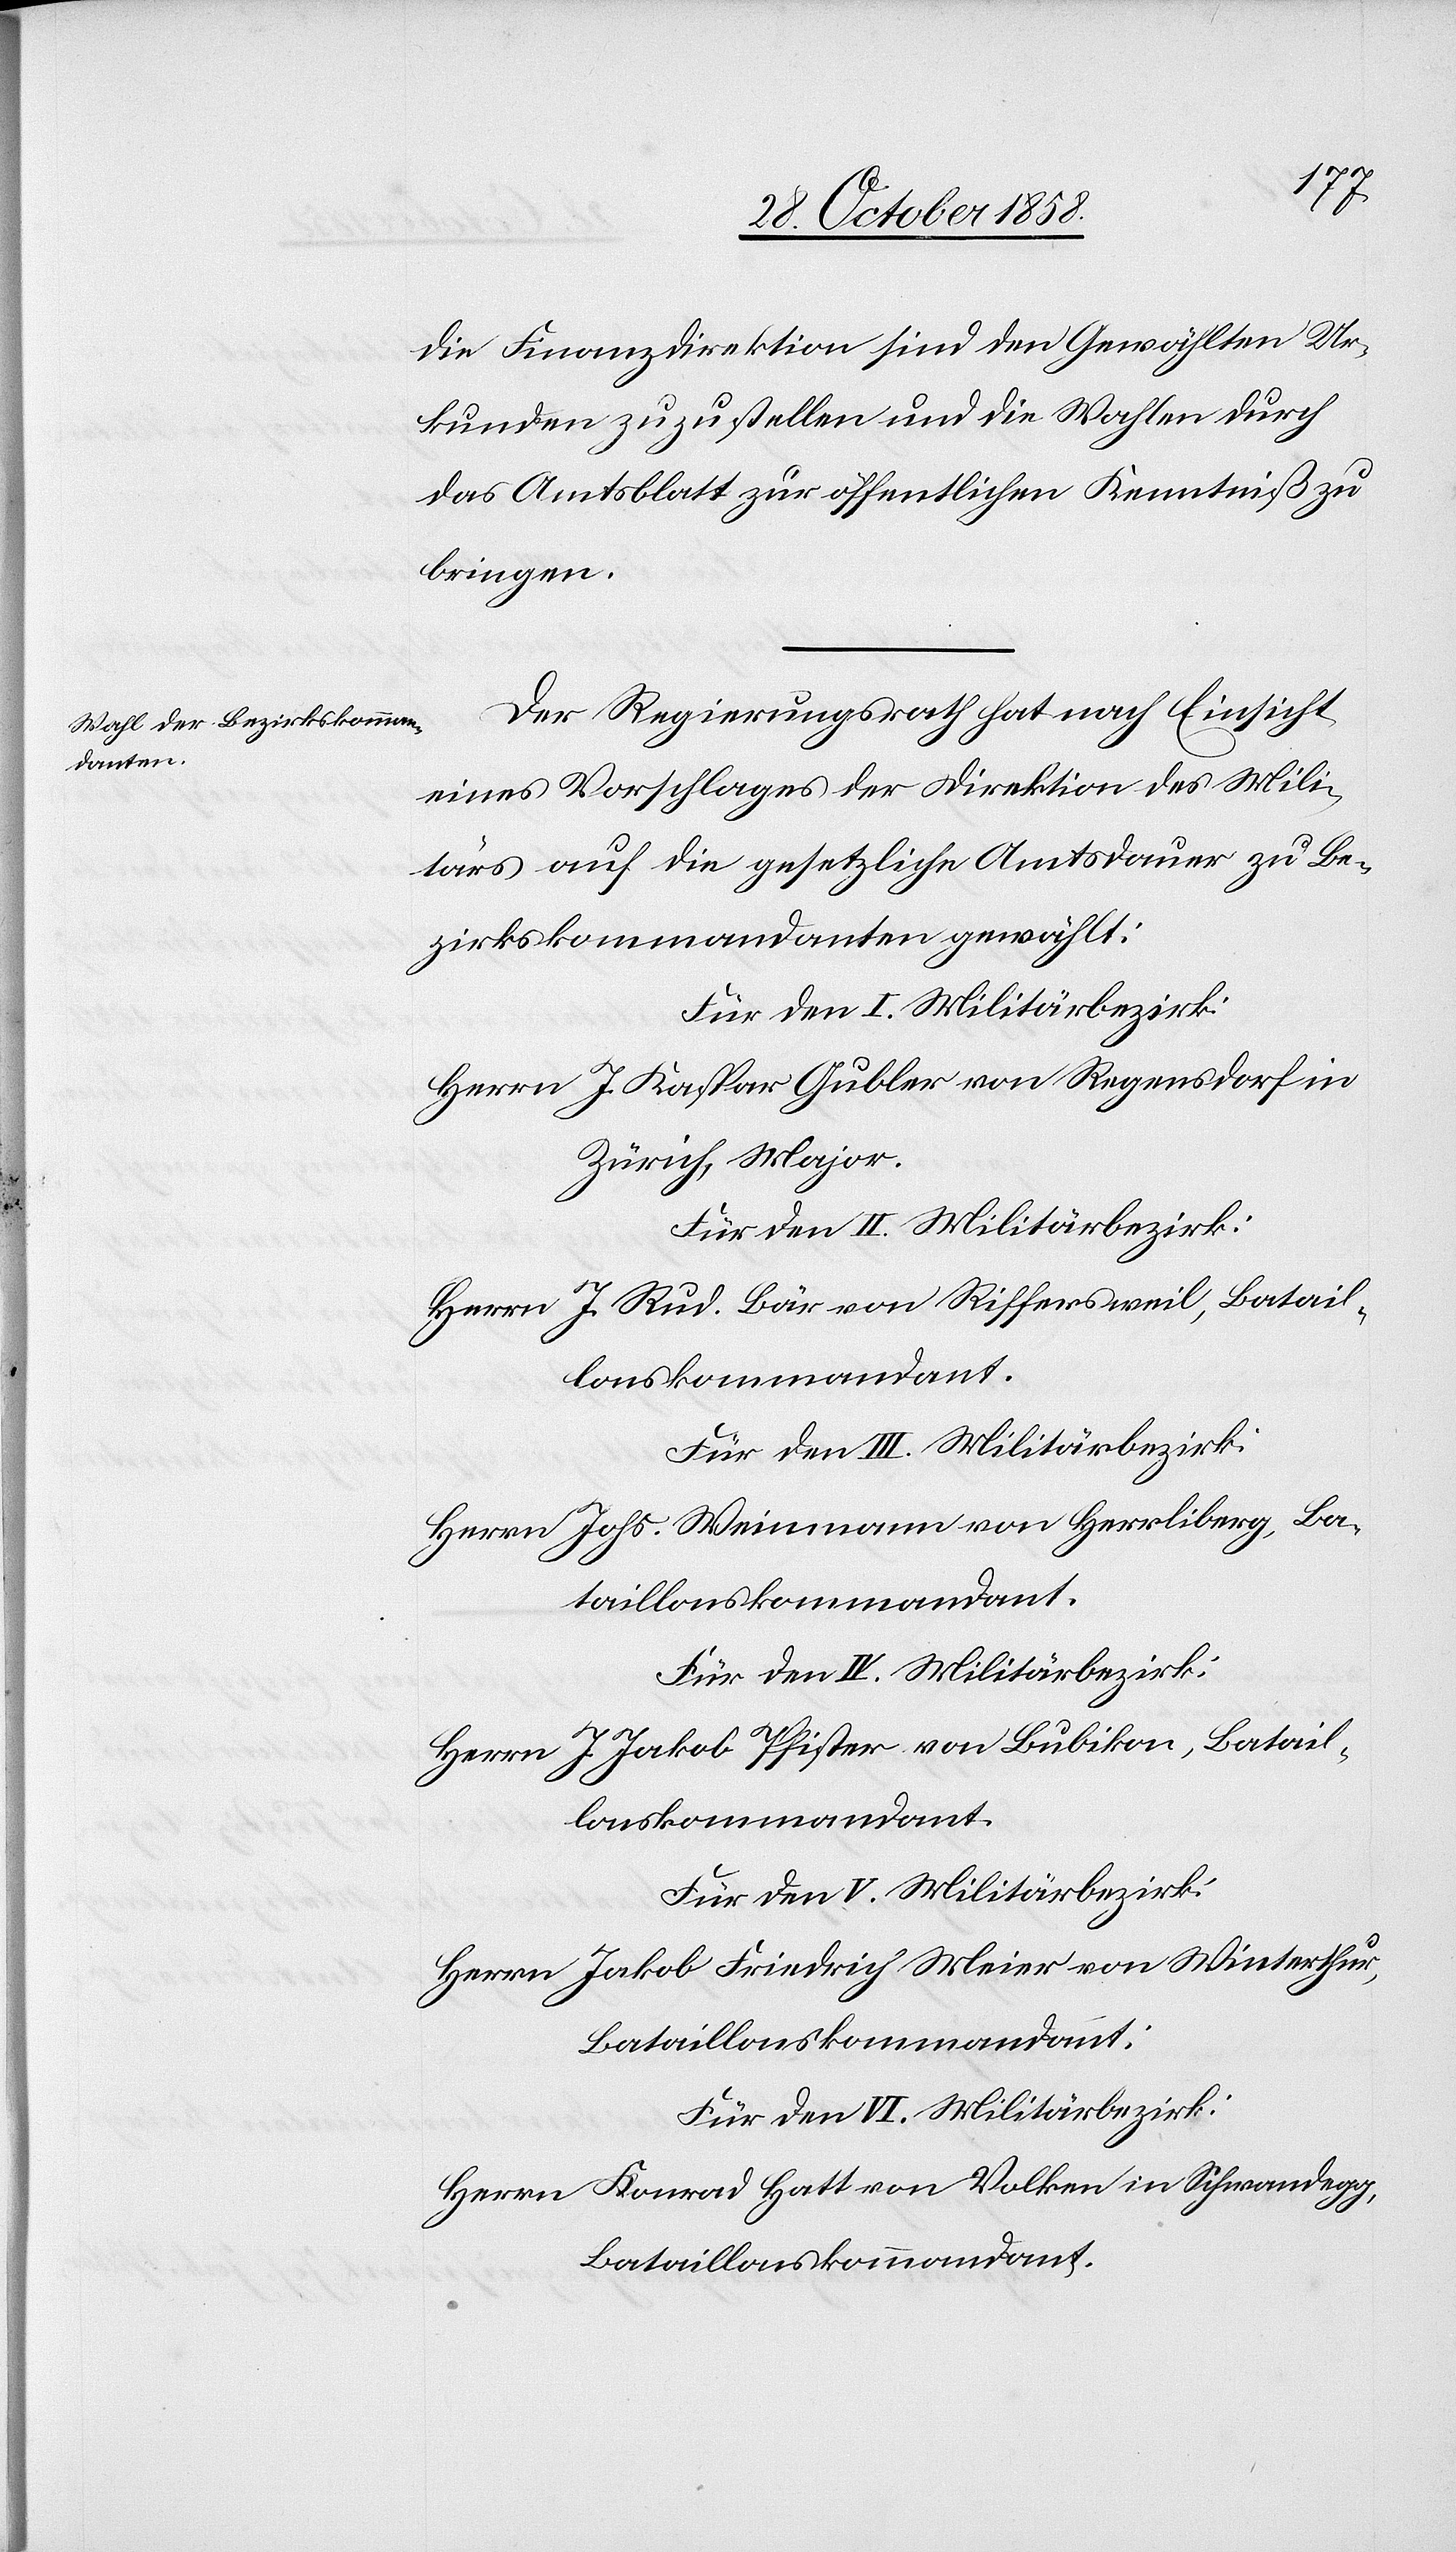
die Finanzdirektion sind den Gewählten Ur¬
kunden zuzustellen und die Wahlen durch
das Amtsblatt zur öffentlichen Kenntniß zu
bringen.
Der Regierungsrath hat nach Einsicht
eines Vorschlages der Direktion des Mili¬
tärs auf die gesetzliche Amtsdauer zu Be¬
zirkskommandanten gewählt:
Für den I. Militärbezirk:
Herrn J. Kaspar Gubler von Regensdorf in
Zürich, Major.
Für den II. Militärbezirk:
Herrn J. Rud. Bär von Riffersweil, Batail¬
lonskommandant.
Für den VI. Militärbezirk:
Herrn Johs. Weinmann von Herrliberg, Ba¬
taillonskommandant.
Herrn J. Jakob Pfister von Bubikon, Batail¬
lonskommandant.
Für den V. Militärbezirk:
Herrn Jakob Friedrich Meier von Winterthur,
Bataillonskommandant.
Herrn Konrad Hatt von Volken in Schwandegg,
Bataillonskommandant.